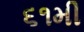
૬૧મી